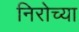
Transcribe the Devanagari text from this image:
निरोच्या